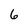
Character: 6